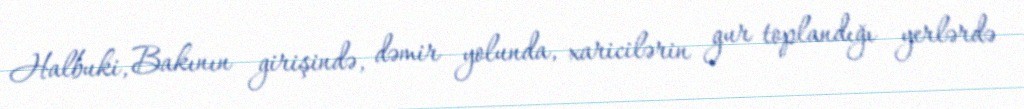
Halbuki, Bakının girişində, dəmir yolunda, xaricilərin gur toplandığı yerlərdə